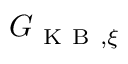
G _ { \mathrm { ~ K ~ B ~ } , \xi }